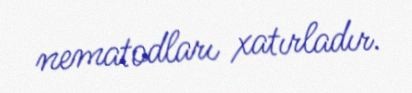
nematodları xatırladır.